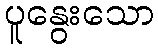
ပူနွေးသော